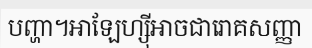
បញ្ហា។អាឡែហ្ស៊ីអាចជារោគសញ្ញា